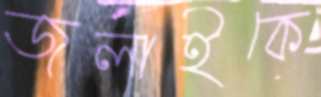
জুলাইকে